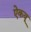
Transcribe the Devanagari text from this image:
ऐकवू